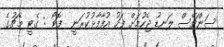
ސަންޗޭސް ލަނޑު ޖެހުމަށް ފަހު އުފާފާޅުކުރަނީ  ފޮޓޯ : ގެޓީ މެޗުގެ